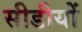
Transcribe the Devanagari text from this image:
सीडीयों